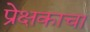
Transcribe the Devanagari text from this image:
प्रेक्षकाचा